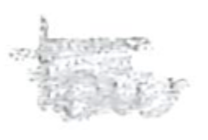
Text: low
Cross-out: scratch
Writing tool: pencil